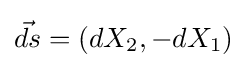
{\vec {ds}}=(dX_{2},-dX_{1})